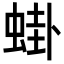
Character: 𬠎